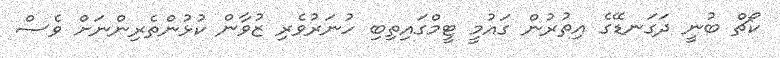
ކޯޗް ބުނީ ދަގަނޑޭގެ އިތުރުން ގައުމީ ޓީމްގައިތިބި ހުނަރުވެރި ޒުވާން ކުޅުންތެރިންނަށް ވެސް